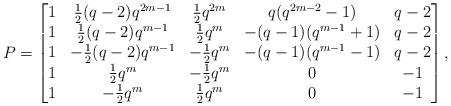
LaTeX: \begin{align*} P=\begin{bmatrix}1&\frac12(q-2)q^{2m-1}&\frac12q^{2m}&q(q^{2m-2}-1)&q-2 \\1&\frac12(q-2)q^{m-1}&\frac12q^{m}&-(q-1)(q^{m-1}+1)&q-2 \\1&-\frac12(q-2)q^{m-1}&-\frac12q^{m}&-(q-1)(q^{m-1}-1)&q-2 \\1&\frac12q^m&-\frac12q^m&0&-1 \\1&-\frac12q^m&\frac12q^m&0&-1\end{bmatrix},\end{align*}